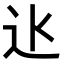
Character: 𨑝